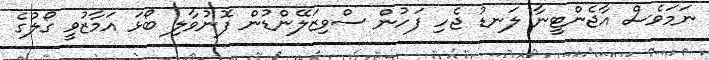
ނަމަވެސް އާޖެންޓީނާ ލަނޑު ޖެހި ފަހުން ސްވިޒަލޭންޑުން ފޮނުވާލި ބޯޅަ އަމާޒުވީ ގޯލުގެ